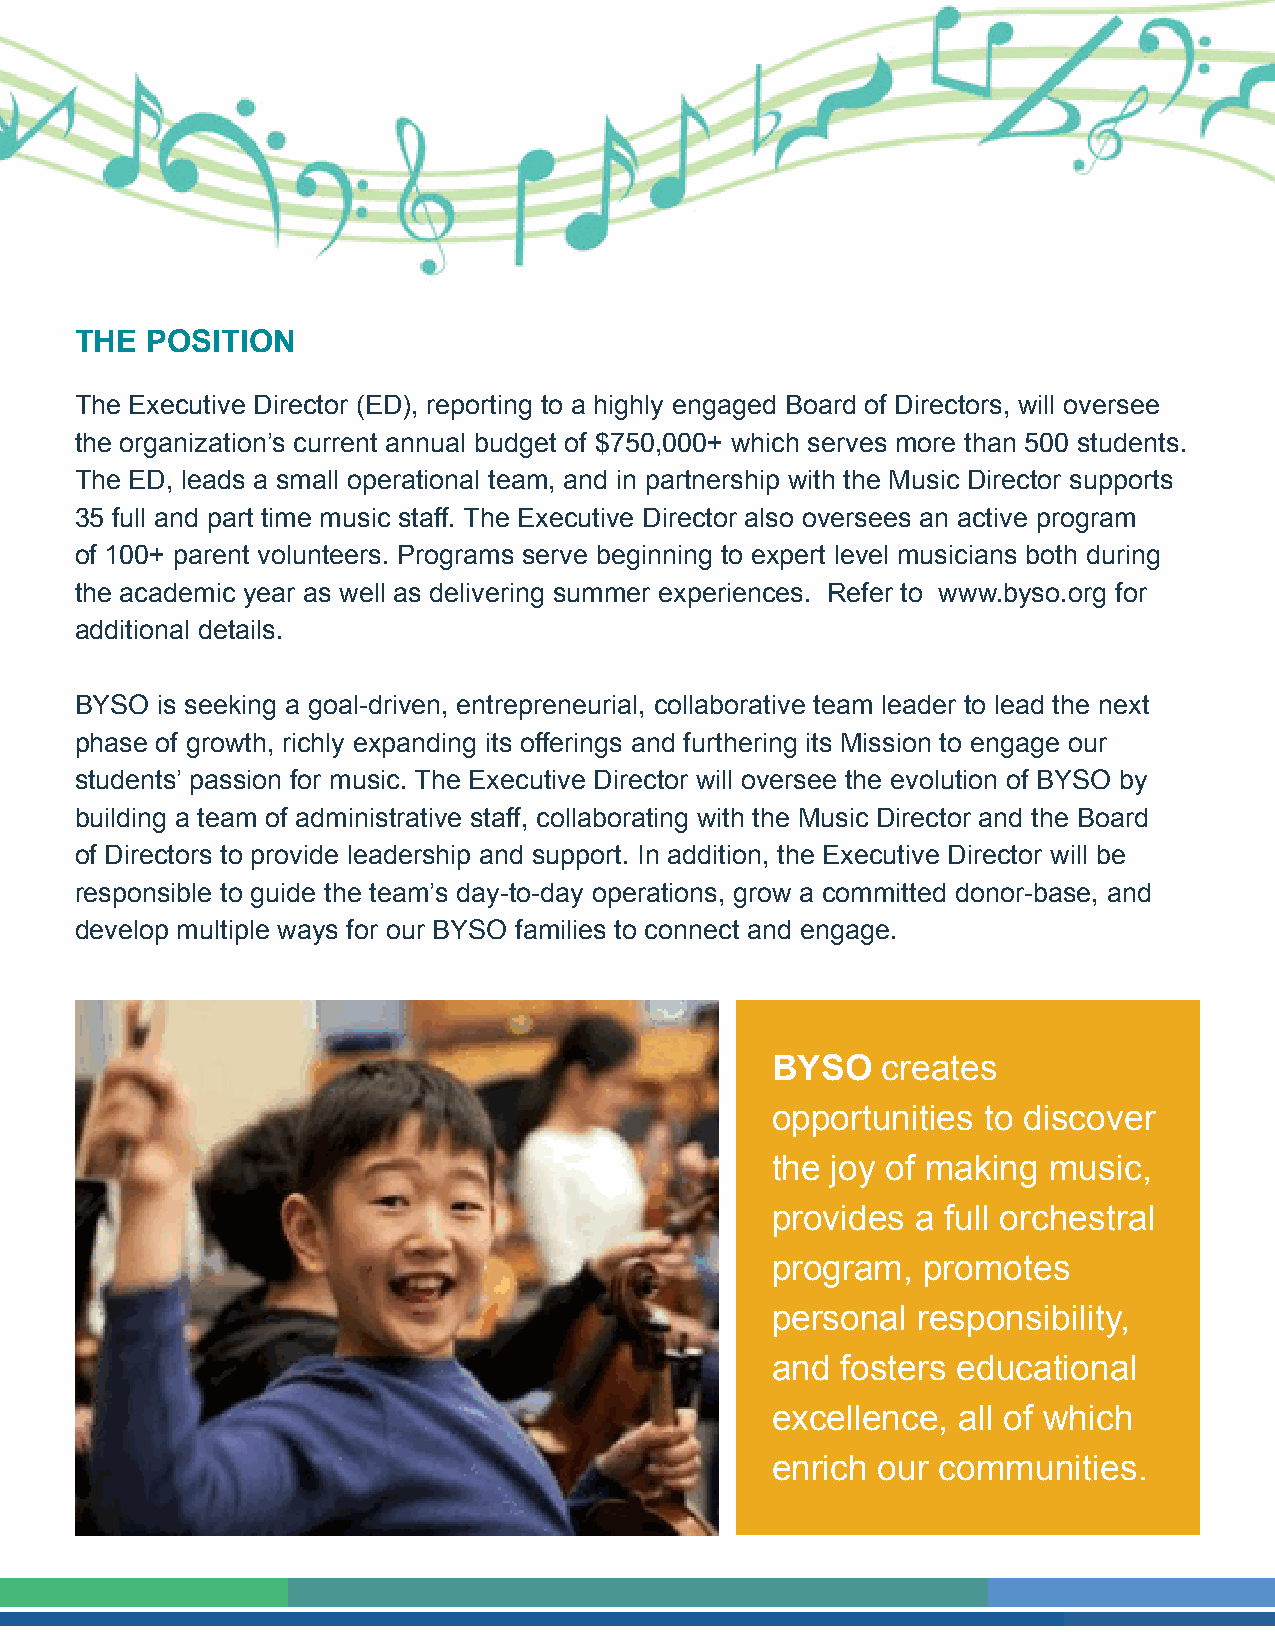
THE  POSITION
 The Executive Director (ED), reporting to a highly engaged Board of Directors, will oversee
 the organization’s current annual budget of $750,000+ which serves more than 500 students.
 The ED, leads a small operational team, and in partnership with the Music Director supports
 35 full and part time music staff. The Executive Director also oversees an active program
 of 100+ parent volunteers. Programs serve beginning to expert level musicians both during
 the academic year as well as delivering summer experiences. Refer to www.byso.org for
 additional details.
 BYSO is seeking a goal-driven, entrepreneurial, collaborative team leader to lead the next
 phase of growth, richly expanding its offerings and furthering its Mission to engage our
 students’ passion for music. The Executive Director will oversee the evolution of BYSO by
 building a team of administrative staff, collaborating with the Music Director and the Board
 of Directors to provide leadership and support. In addition, the Executive Director will be
 responsible to guide the team’s day-to-day operations, grow a committed donor-base, and
 develop multiple ways for our BYSO families to connect and engage.
 BYSO   creates
 opportunities to discover
 the joy of making music,
 provides  a full orchestral
 program,  promotes
 personal  responsibility,
 and  fosters educational
 excellence,  all of which
 enrich our communities.